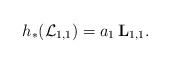
LaTeX: \begin{align*}h_\ast(\mathcal L_{1,1})=a_1\,{\bf L}_{1,1}.\end{align*}